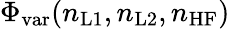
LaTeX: \Phi_{\mathrm{var}}(n_{\mathrm{L1}},n_{\mathrm{L2}},n_{\mathrm{HF}})